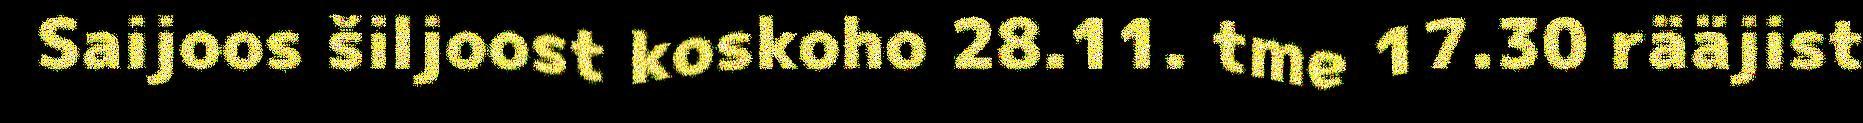
Saijoos šiljoost koskoho 28.11. tme 17.30 rääjist